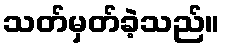
သတ်မှတ်ခဲ့သည်။